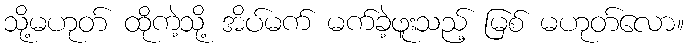
သို့မဟုတ် ထိုကဲ့သို့ အိပ်မက် မက်ခဲ့ဖူးသည့် မြစ် မဟုတ်လော။